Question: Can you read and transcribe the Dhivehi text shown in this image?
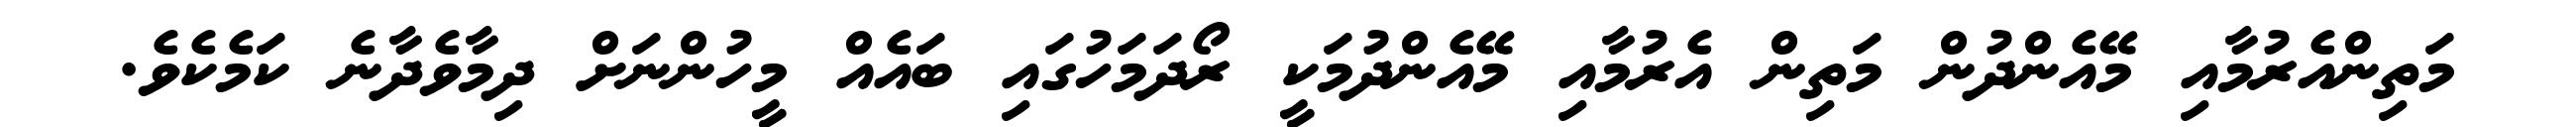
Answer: މަތިންއެރުމާއި މޭއެންދުން މަތިން އެރުމާއި މޭއެންދުމަކީ ރޯދަމަހުގައި ބައެއް މީހުންނަށް ދިމާވެދާނެ ކަމެކެވެ.